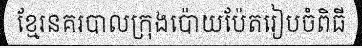
ខ្មែរនគរបាលក្រុងប៉ោយប៉ែតរៀបចំពិធី